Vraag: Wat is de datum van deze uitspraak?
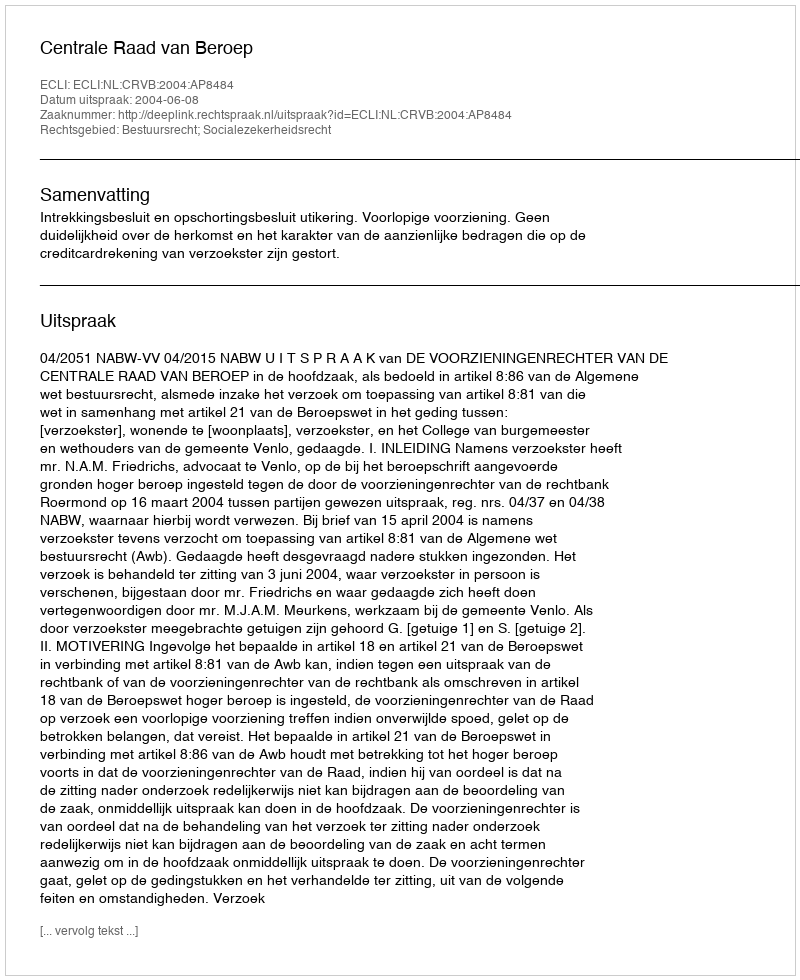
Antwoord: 2004-06-08